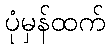
ပုံမှန်ထက်